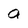
Character: a